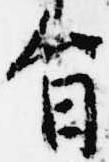
旨